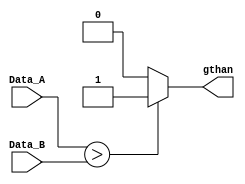
`timescale 1ns / 1ps
//////////////////////////////////////////////////////////////////////////////////
// Company: 
// Engineer: 
// 
// Design Name: 
// Module Name:    Greater_Comparator 
// Project Name: 
// Target Devices: 
// Tool versions: 
// Description: 
//
// Dependencies: 
//
// Revision: 
// Revision 0.01 - File Created
// Additional Comments: 
//
//////////////////////////////////////////////////////////////////////////////////
module Greater_Comparator
	# (parameter W = 8)
	(
		input wire [W-1:0] Data_A, //input signal
		input wire [W-1:0] Data_B, //input signal
		output wire gthan //output signal, indicates if the input A is greater than input B
    );

	assign gthan = (Data_A > Data_B) ? 1'b1 : 1'b0; //The output value is "1" if A > B otherwise B >A


endmodule